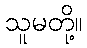
သူမတို့။